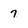
Character: 7